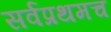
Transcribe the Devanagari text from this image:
सर्वप्रथमच